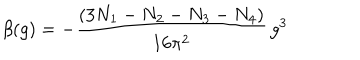
LaTeX: \beta ( g ) = - \frac { ( 3 N _ { 1 } - N _ { 2 } - N _ { 3 } - N _ { 4 } ) } { 1 6 \pi ^ { 2 } } \, g ^ { 3 }